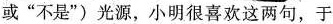
或”不是”)光源，小明很喜欢这两句，于